Insane asylums in Bengal annual reports 1867-1875 - 1867-1875
Year: 1867
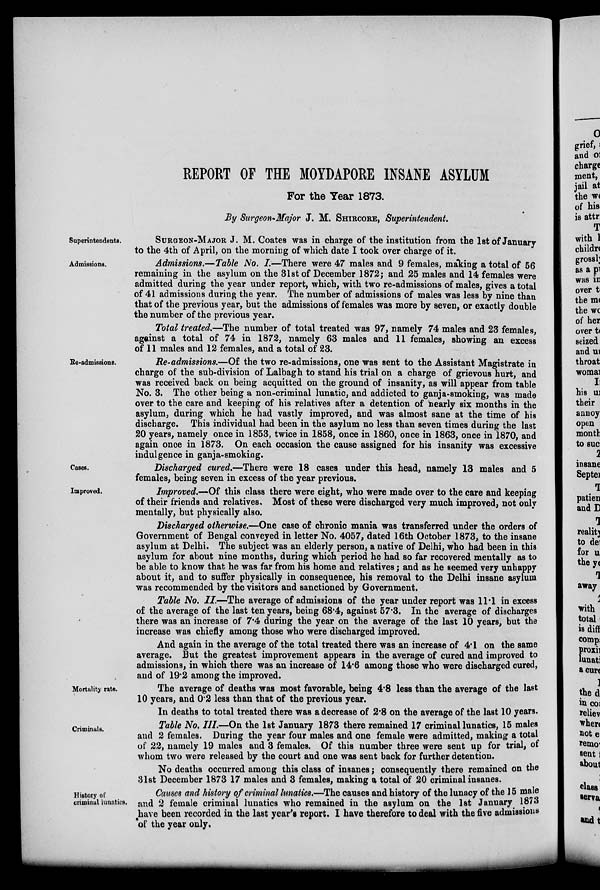
REPORT OF THE MOYDAPORE INSANE ASYLUM
For the Year 1873.
By Surgeon- Major J. M. SHIRCORE, Superintendent
Superintendents.
SURGEON-MAJOR J. M. Coates was in charge of the institution from the 1st of January
to the 4th of April, on the morning of which date I took over charge of it.
Admissions.
Admissions.—Table No. I.—There were 47 males and 9 females, making a total of 56
remaining in the asylum on the 31st of December 1872; and 25 males and 14 females were
admitted during the year under report, which, with two re-admissions of males, gives a total
of 41 admissions during the year. The number of admissions of males was less by nine than
that of the previous year, but the admissions of females was more by seven, or exactly double
the number of the previous year.
Total treated.—The number of total treated was 97, namely 74 males and 23 females,
against a total of 74 in 1872, namely 63 males and 11 females, showing an excess
of 11 males and 12 females, and a total of 23.
Re-admissions.
Re-admissions.—Of the two re-admissions, one was sent to the Assistant Magistrate in
charge of the sub-division of Lalbagh to stand his trial on a charge of grievous hurt, and
was received back on being acquitted on the ground of insanity, as will appear from table
No. 3. The other being a non-criminal lunatic, and addicted to ganja-smoking, was made
over to the care and keeping of his relatives after a detention of nearly six months in the
asylum, during which he had vastly improved, and was almost sane at the time of his
discharge. This individual had been in the asylum no less than seven times during the last
20 years, namely once in 1853, twice in 1858, once in 1860, once in 1863, once in 1870, and
again once in 1873. On each occasion the cause assigned for his insanity was excessive
indulgence in ganja-smoking.
Cases.
Discharged cured.—There were 18 cases under this head, namely 13 males and 5
females, being seven in excess of the year previous.
Improved.
Improved.—Of this class there were eight, who were made over to the care and keeping
of their friends and relatives. Most of these were discharged very much improved, not only
mentally, but physically also.
Discharged otherwise.—One case of chronic mania was transferred under the orders of
Government of Bengal conveyed in letter No. 4057, dated 16th October 1873, to the insane
asylum at Delhi. The subject was an elderly person, a native of Delhi, who had been in this
asylum for about nine months, during which period he had so far recovered mentally as to
be able to know that he was far from his home and relatives; and as he seemed very unhappy
about it, and to suffer physically in consequence, his removal to the Delhi insane asylum
was recommended by the visitors and sanctioned by Government.
Table No. II.—The average of admissions of the year under report was 11.1 in excess
of the average of the last ten years, being 68.4, against 57.3. In the average of discharges
there was an increase of 7.4 during the year on the average of the last 10 years, but the
increase was chiefly among those who were discharged improved.
And again in the average of the total treated there was an increase of 4.1 on the same
average. But the greatest improvement appears in the average of cured and improved to
admissions, in which there was an increase of 14.6 among those who were discharged cured,
and of 19.2 among the improved.
Mortality rate.
The average of deaths was most favorable, being 4.8 less than the average of the last
10 years, and 0.2 less than that of the previous year.
In deaths to total treated there was a decrease of 2.8 on the average of the last 10 years.
Criminals.
Table No, III—On the 1st January 1873 there remained 17 criminal lunatics, 15 males
and 2 females. During the year four males and one female were admitted, making a total
of 22, namely 19 males and 3 females. Of this number three were sent up for trial, of
whom two were released by the court and one was sent back for further detention.
No deaths occurred among this class of insanes; consequently there remained on the
31st December 1873 17 males and 3 females, making a total of 20 criminal insanes.
History of
criminal lunatics.
Causes and history of criminal lunatics.—The causes and history of the lunacy of the 15 male
and 2 female criminal lunatics who remained in the asylum on the 1st January 1873
have been recorded in the last year's report. I have therefore to deal with the five admissions
of the year only.